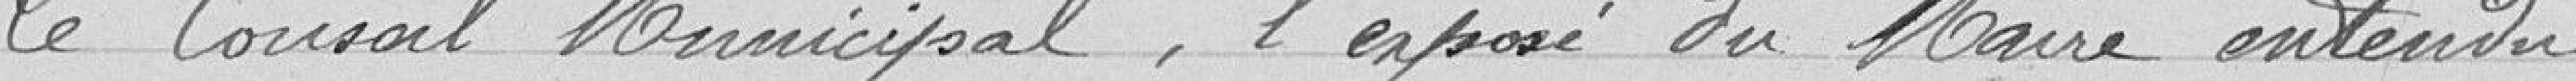
Le Conseil Municipal, l'exposé du Maire entendu,